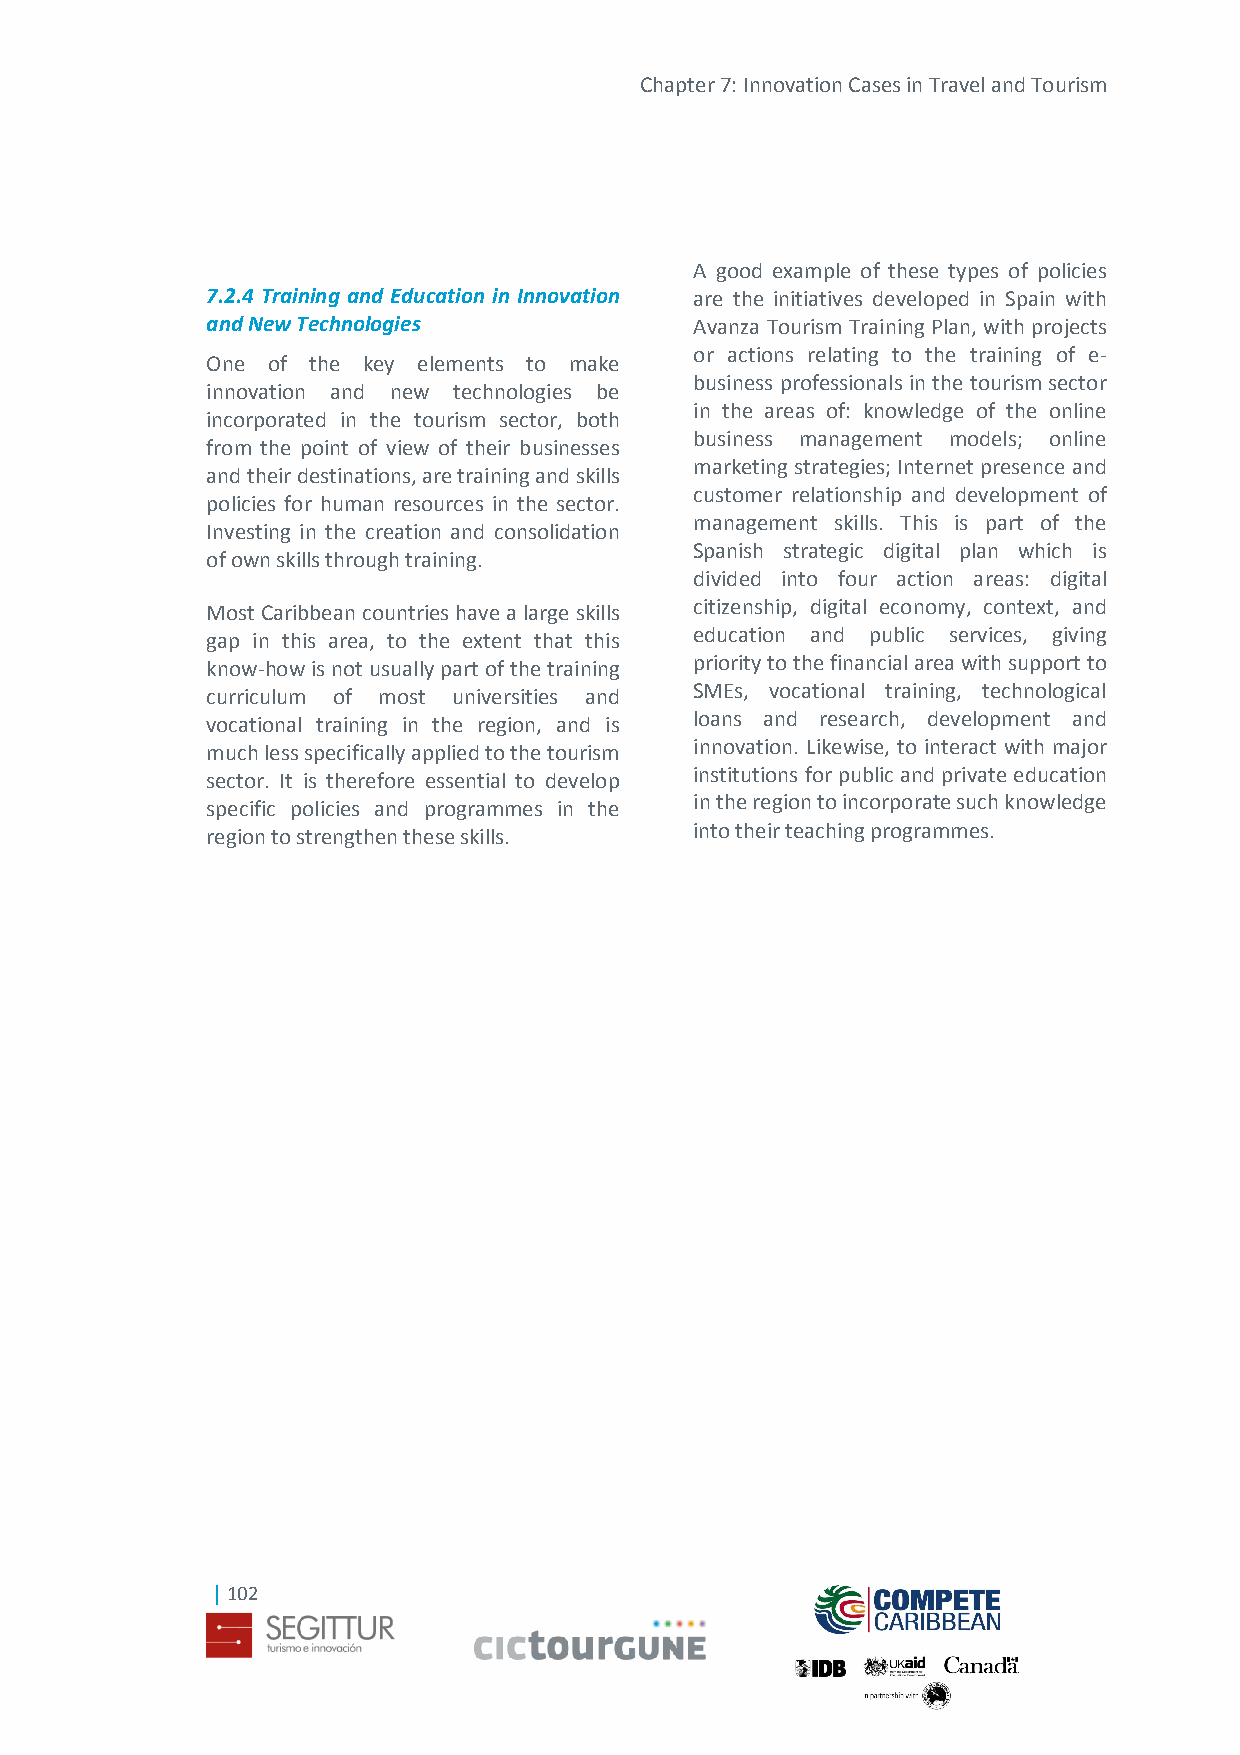
Chapter 7: Innovation Cases in Travel and Tourism
 A good example of these types of policies
 7.2.4 Training and Education in Innovation are the initiatives developed in Spain with
 and New Technologies            Avanza Tourism Training Plan, with projects
 or actions relating to the training of e-
 One of the key elements to make
 business professionals in the tourism sector
 innovation and new technologies be
 in the areas of: knowledge of the online
 incorporated in the tourism sector, both
 business management models; online
 from the point of view of their businesses
 marketing strategies; Internet presence and
 and their destinations, are training and skills
 customer relationship and development of
 policies for human resources in the sector.
 management skills. This is part of the
 Investing in the creation and consolidation
 Spanish strategic digital plan which is
 of own skills through training.
 divided into four action areas: digital
 citizenship, digital economy, context, and
 Most Caribbean countries have a large skills
 education and public services, giving
 gap in this area, to the extent that this
 priority to the financial area with support to
 know-how is not usually part of the training
 SMEs, vocational training, technological
 curriculum of most universities and
 loans and research, development and
 vocational training in the region, and is
 innovation. Likewise, to interact with major
 much less specifically applied to the tourism
 institutions for public and private education
 sector. It is therefore essential to develop
 in the region to incorporate such knowledge
 specific policies and programmes in the
 into their teaching programmes.
 region to strengthen these skills.
 | 102